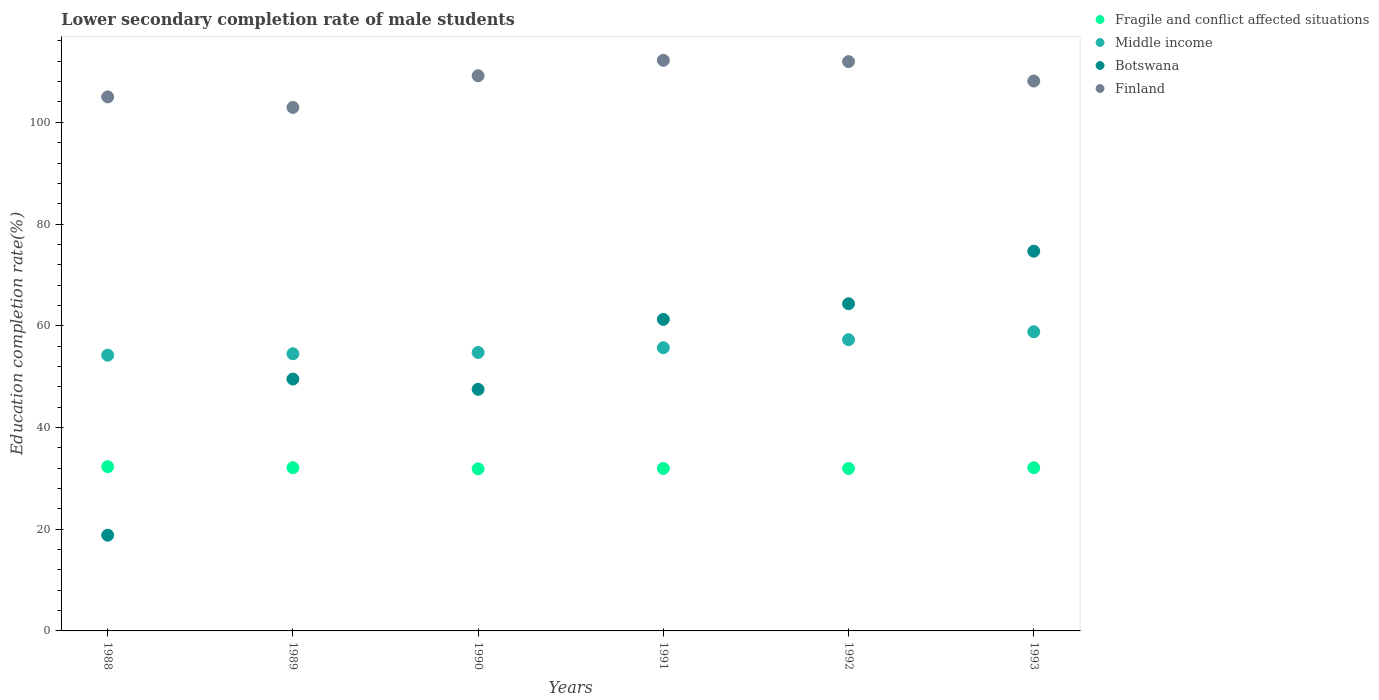
| Years | Fragile and conflict affected situations | Middle income | Botswana | Finland |
 | --- | --- | --- | --- | --- |
 | 1988 | 32.3 | 54.2 | 18.8 | 105 |
 | 1989 | 32.1 | 54.5 | 49.5 | 103 |
 | 1990 | 31.9 | 54.8 | 47.5 | 109 |
 | 1991 | 31.9 | 55.7 | 61.3 | 112 |
 | 1992 | 31.9 | 57.3 | 64.3 | 112 |
 | 1993 | 32.1 | 58.8 | 74.7 | 108 |